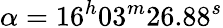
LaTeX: \alpha=16^{h}03^{m}26.88^{s}